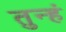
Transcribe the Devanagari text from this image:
तुन्हं